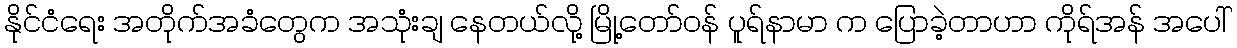
နိုင်ငံရေး အတိုက်အခံတွေက အသုံးချ နေတယ်လို့ မြို့တော်ဝန် ပူရ်နာမာ က ပြောခဲ့တာဟာ ကိုရ်အန် အပေါ်